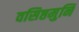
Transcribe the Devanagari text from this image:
वसिष्ठमुनि